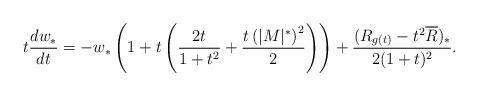
LaTeX: \begin{align*}t\frac{dw_{*}}{dt}=-w_{*}\left(1+t\left(\frac{2t}{1+t^{2}}+\frac{t\left(|M|^{*}\right)^{2}}{2}\right)\right)+\frac{(R_{g(t)}-t^{2}\overline{R})_{*}}{2(1+t)^{2}}.\end{align*}